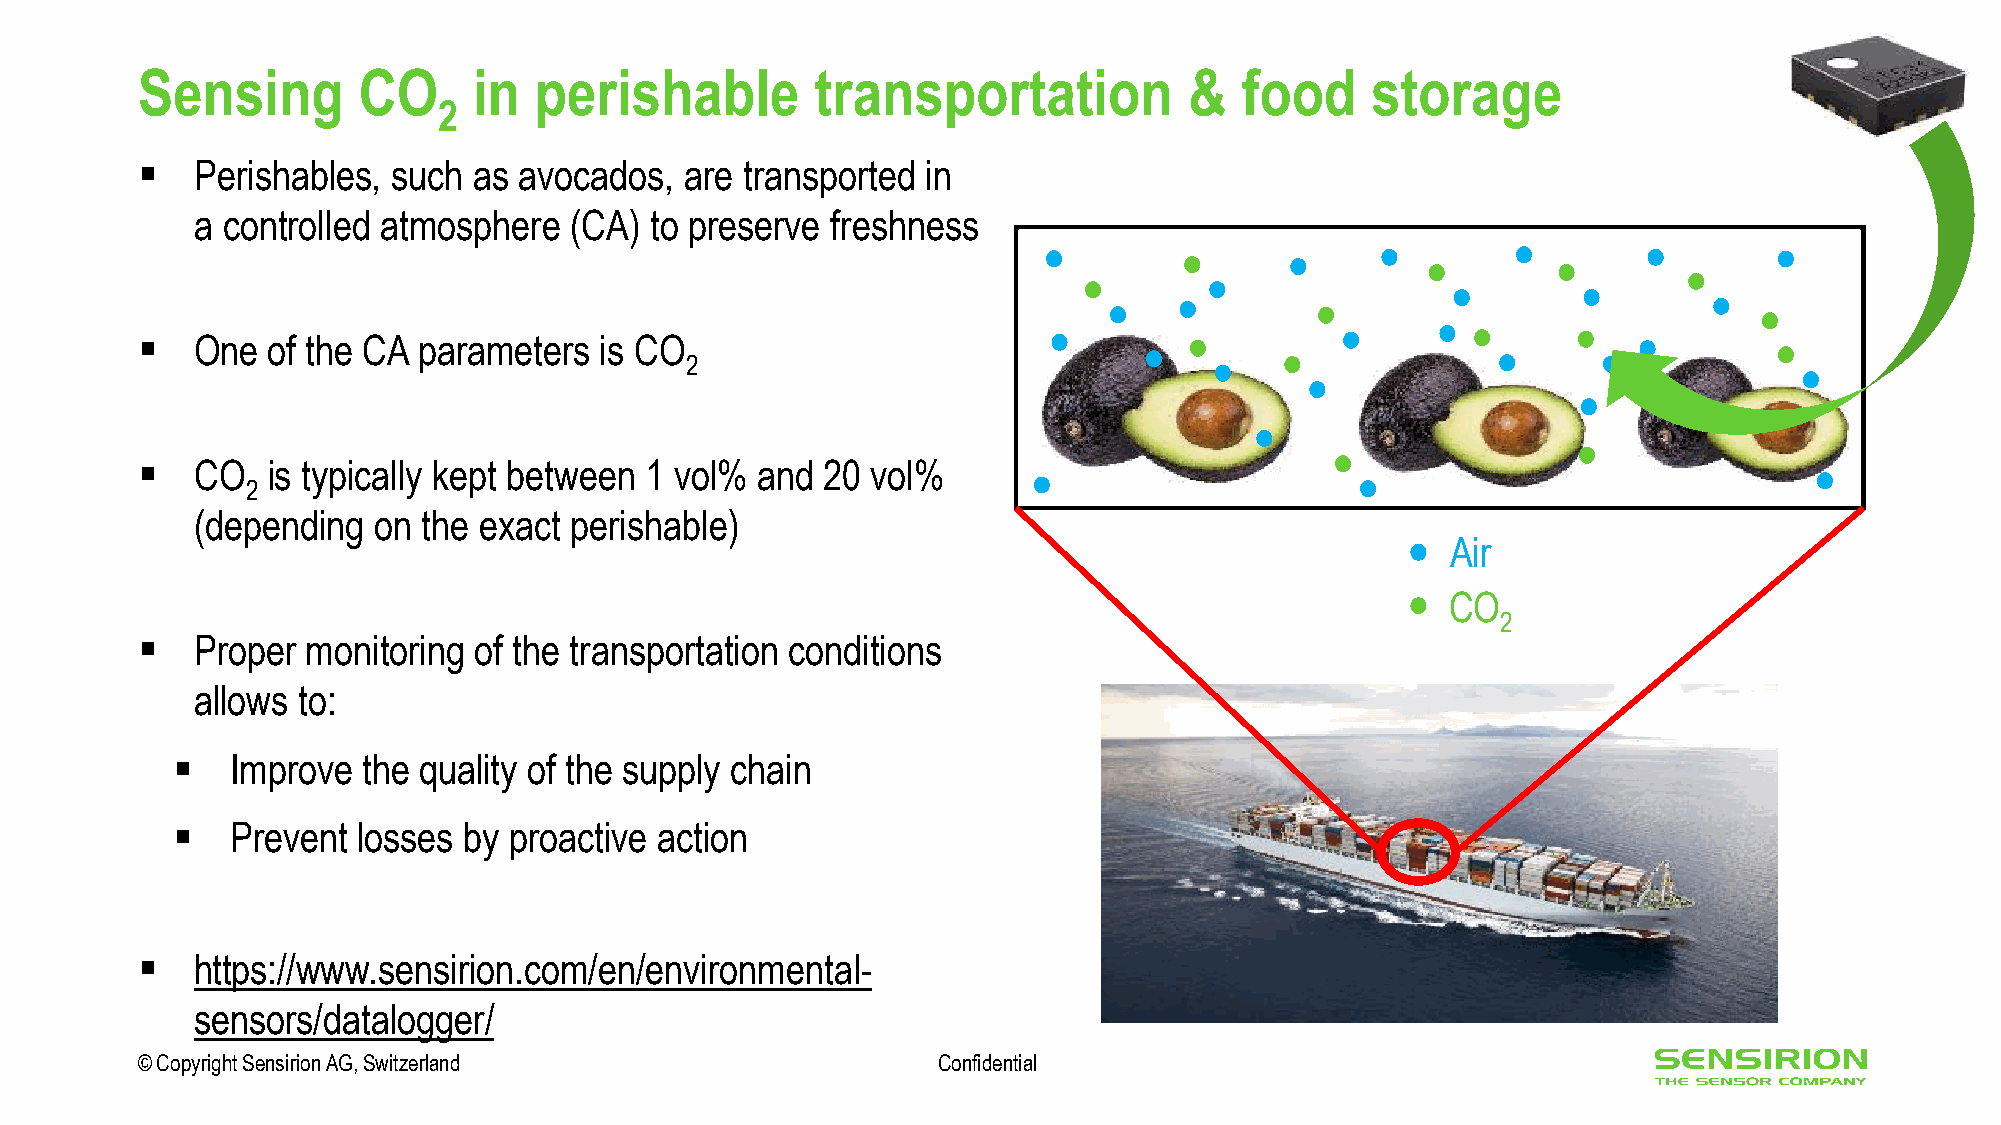
Sensing        CO     in  perishable         transportation           &  food     storage
 2
 ▪   Perishables, such as avocados,  are transported in
 a controlled atmosphere  (CA) to preserve freshness
 ▪   One  of the CA parameters  is CO
 2
 ▪   CO   is typically kept between 1 vol% and 20 vol%
 2
 (depending  on the exact perishable)
 Air
 CO
 2
 ▪   Proper monitoring of the transportation conditions
 allows to:
 ▪   Improve  the quality of the supply chain
 ▪   Prevent  losses by proactive action
 ▪   https://www.sensirion.com/en/environmental-
 sensors/datalogger/
 © Copyright Sensirion AG, Switzerland                Confidential